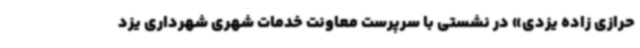
حرازی زاده یزدی» در نشستی با سرپرست معاونت خدمات شهری شهرداری یزد